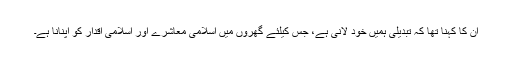
ان کا کہنا تھا کہ تبدیلی ہمیں خود لانی ہے، جس کیلئے گھروں میں اسلامی معاشرے اور اسلامی اقدار کو اپنانا ہے۔